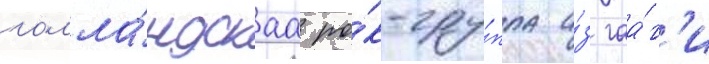
голла́ндскаа ро́к-гру́ппа и́з гаа́г'и